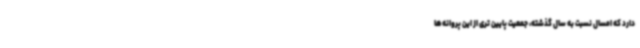
دارد که امسال نسبت به سال گذشته، جمعیت پایین تری از این پروانه‌ها